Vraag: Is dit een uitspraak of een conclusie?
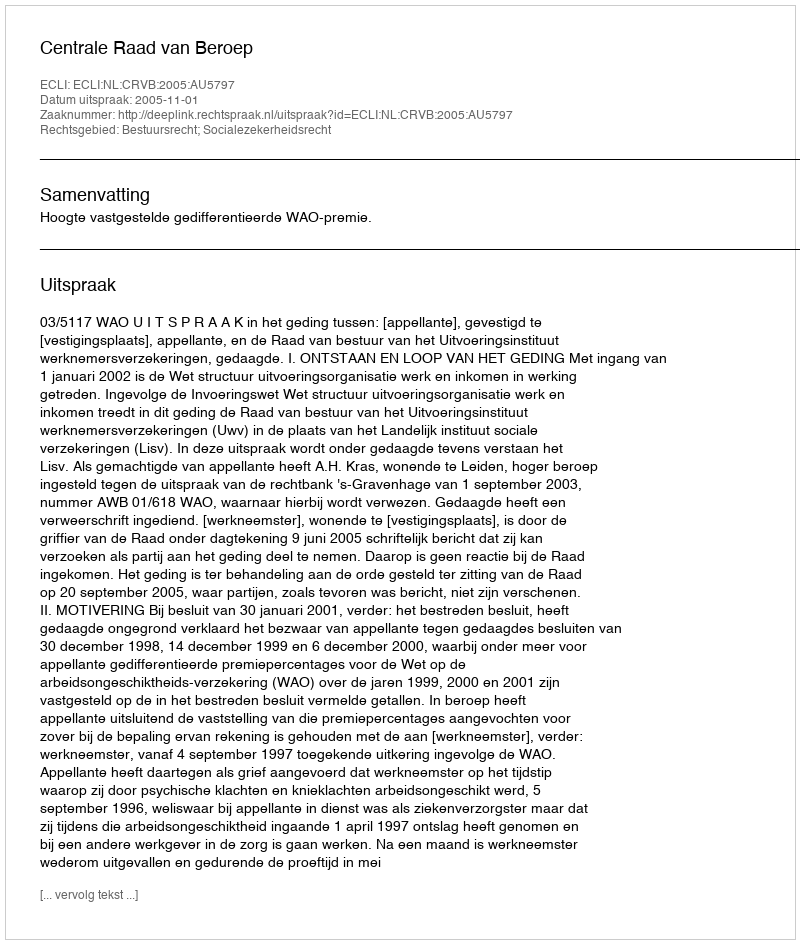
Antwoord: Uitspraak